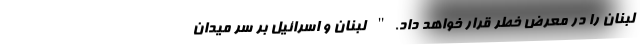
لبنان را در معرض خطر قرار خواهد داد." لبنان و اسرائیل بر سر میدان